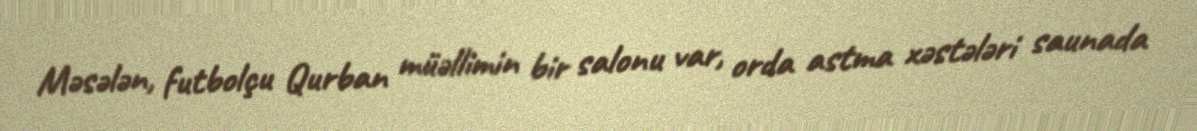
Məsələn, futbolçu Qurban müəllimin bir salonu var, orda astma xəstələri saunada